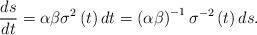
LaTeX: \begin{align*}\frac{ds}{dt}=\alpha \beta \sigma ^{2}\left( t\right) dt=\left(\alpha \beta \right) ^{-1}\sigma ^{-2}\left( t\right) ds. \end{align*}